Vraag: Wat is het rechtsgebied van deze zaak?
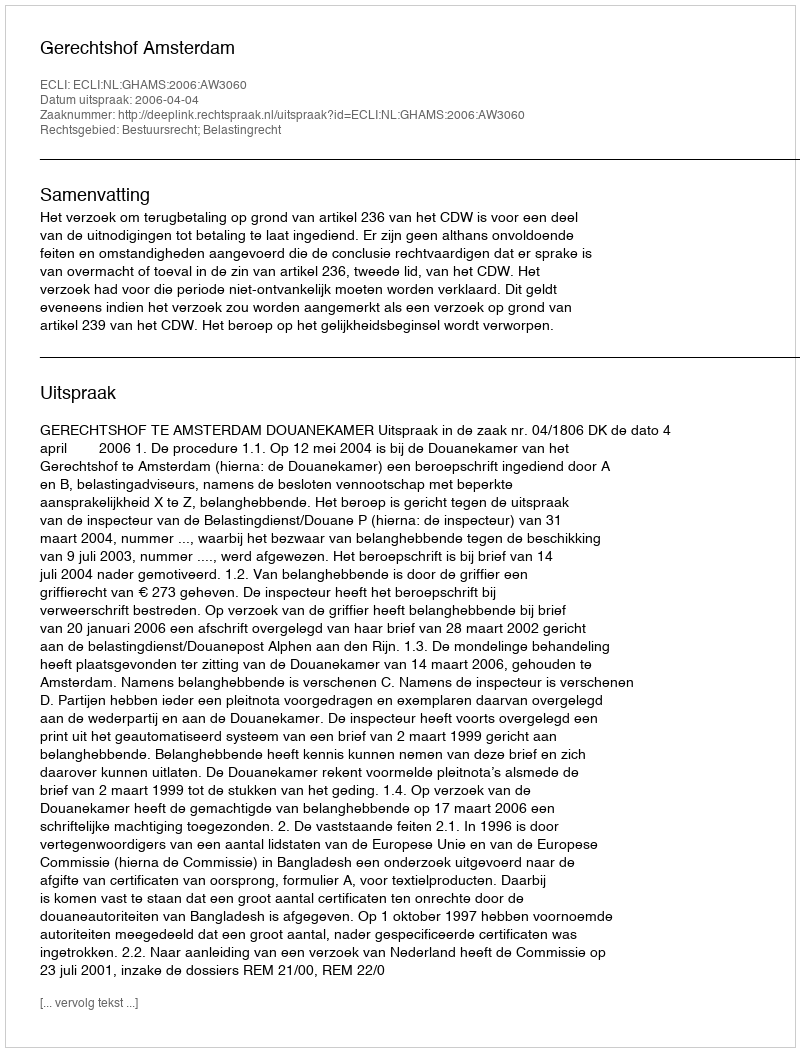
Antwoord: Bestuursrecht; Belastingrecht